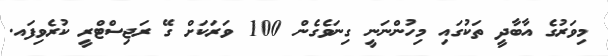
މިވަރުގެ އާބާދީ ތަކުގައި މިހުންނަނީ ގިނަވެގެން 100 ވަރަކަށް ގޭ ރަޖިސްޓްރީ ކުރެވިފައ.